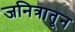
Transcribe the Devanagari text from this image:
जनित्रातून